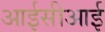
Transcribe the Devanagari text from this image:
आईसीआई